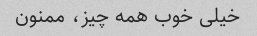
خیلی خوب همه چیز، ممنون